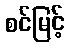
စင်မြင့်